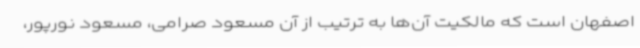
اصفهان است که مالکیت آن‌ها به ترتیب از آن مسعود صرامی، مسعود نورپور،